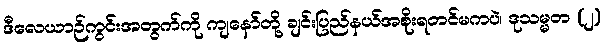
ဒီလေယာဉ်ကွင်းအတွက်ကို ကျနော်တို့ ချင်းပြည်နယ်အစိုးရတင်မကပဲ၊ ဒုသမ္မတ (၂)